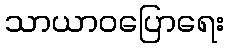
သာယာဝပြောရေး